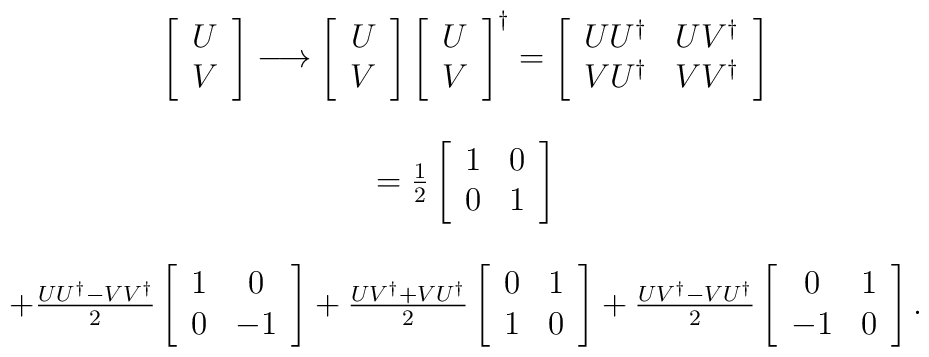
\begin{array}{c}\left[\begin{array}{c} U \\ V \\ \end{array}\right] \longrightarrow\left[\begin{array}{c} U \\ V \\ \end{array}\right]\left[\begin{array}{c} U \\ V \\ \end{array}\right]^{\dagger} =\left[\begin{array}{cc} UU^{\dagger} & UV^{\dagger} \\ VU^{\dagger} &VV^{\dagger} \\ \end{array}\right] \\ \\= \frac{1}{2}\left[\begin{array}{cc}1 &0 \\ 0 &1 \\\end{array}\right] \\ \\+ \frac{UU^{\dagger}-VV^{\dagger}}{2}\left[\begin{array}{cc}1 &0 \\ 0 &-1\\ \end{array}\right]+ \frac{UV^{\dagger}+VU^{\dagger}}{2}\left[\begin{array}{cc}0 &1 \\ 1 &0\\ \end{array}\right]+ \frac{UV^{\dagger}-VU^{\dagger}}{2}\left[\begin{array}{cc}0 &1 \\ -1 &0\\ \end{array}\right].\end{array}